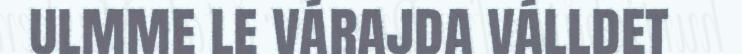
ulmme le várajda válldet